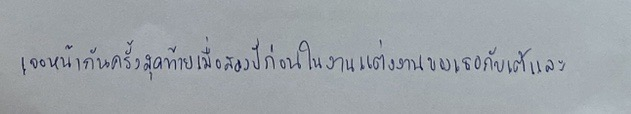
เจอหน้ากันครั้งสุดท้ายเมื่อสองปีก่อนในงานแต่งงานของเธอกับเต้และ